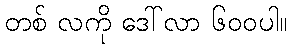
တစ် လကို ဒေါ်လာ ၆၀၀ပါ။